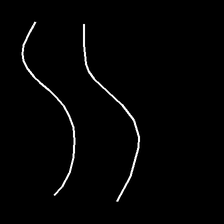
Glyph: float